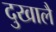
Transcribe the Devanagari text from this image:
दुखालै